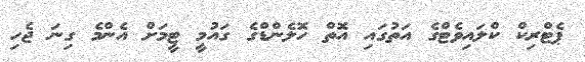
ޕެޓްރިކް ކްލައިވެޓްގެ އަތުގައި އޮތް ހޮލެންޑްގެ ގައުމީ ޓީމަށް އެންމެ ގިނަ ޖެހި